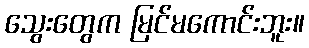
သွေးတွေက မြင်မကောင်းဘူး။